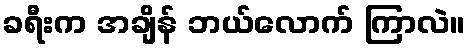
ခရီးက အချိန် ဘယ်လောက် ကြာလဲ။